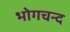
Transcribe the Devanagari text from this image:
भोगचन्द